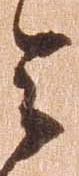
令